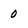
Character: 0